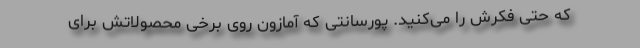
که حتی فکرش را می‌کنید. پورسانتی که آمازون روی برخی محصولاتش برای